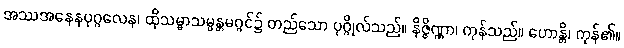
အဿအနေနပုဂ္ဂလေန၊ ထိုသမ္မာသမ္မန္တမဂ္ဂင်၌ တည်သော ပုဂ္ဂိုလ်သည်။ နိဇ္ဇိဏ္ဏာ၊ ကုန်သည်။ ဟောန္တိ၊ ကုန်၏။